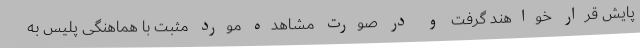
پایش قرار خواهند گرفت و در صورت مشاهده مورد مثبت با هماهنگی پلیس به